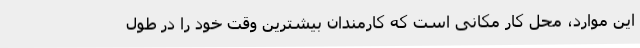
این موارد، محل کار مکانی است که کارمندان بیشترین وقت خود را در طول